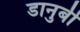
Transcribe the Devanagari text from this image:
डानुबी